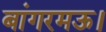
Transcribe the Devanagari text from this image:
बांगरमऊ।